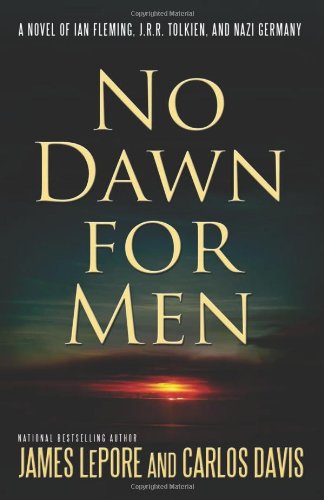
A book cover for No Dawn for Men; James Lepore; Literature & Fiction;